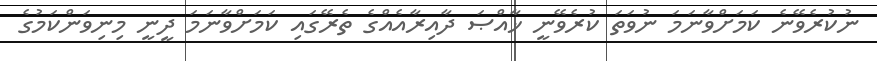
ނުކުރެވޭނެ ކަމަށްވާނަމަ ނުވަތަ ކުރެވޭނީ ޚާއްޞަ ދާއިރާއެއްގެ ތެރޭގައި ކަމަށްވާނަމަ ދީނީ މިނިވަންކަމުގެ